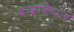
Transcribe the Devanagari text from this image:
बाइनियल